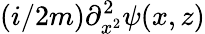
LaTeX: (i/2m)\partial_{x^{2}}^{2}\psi(x,z)